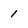
Character: 1